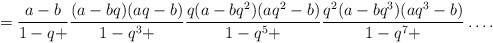
LaTeX: \begin{align*}=\frac{a-b}{1-q+}\frac{(a-bq)(aq-b)}{1-q^3+}\frac{q(a-bq^2)(aq^2-b)}{1-q^5+}\frac{q^2(a-bq^3)(aq^3-b)}{1-q^7+}\ldots.\end{align*}